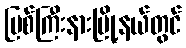
မြစ်ကြီးနားမြို့နယ်တွင်